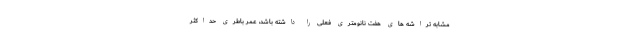
مشابه تراشه های هفت نانومتری فعلی را داشته باشد، عمر باطری حداکثر